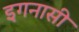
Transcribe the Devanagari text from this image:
इगनासी